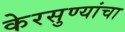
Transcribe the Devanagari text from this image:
केरसुण्यांचा